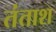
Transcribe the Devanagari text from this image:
तंताश